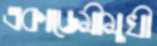
একাডেমীমুখী